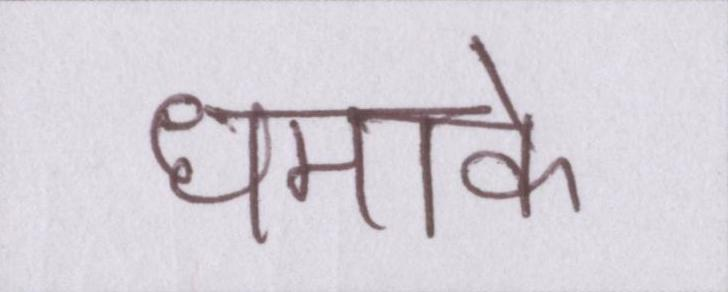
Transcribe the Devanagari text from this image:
धमाके